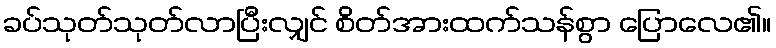
ခပ်သုတ်သုတ်လာပြီးလျှင် စိတ်အားထက်သန်စွာ ပြောလေ၏။